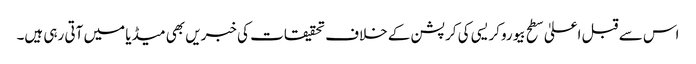
اس سے قبل اعلیٰ سطح بیوروکریسی کی کرپشن کے خلاف تحقیقات کی خبریں بھی میڈیا میں آتی رہی ہیں۔